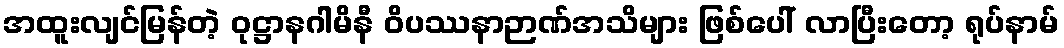
အထူးလျင်မြန်တဲ့ ဝုဋ္ဌာနဂါမိနီ ဝိပဿနာဉာဏ်အသိများ ဖြစ်ပေါ် လာပြီးတော့ ရုပ်နာမ်